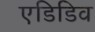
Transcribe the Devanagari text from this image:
एडिडिव